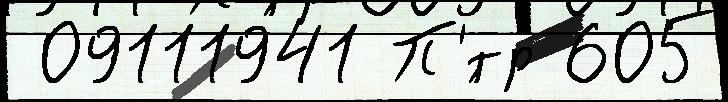
 09111941 П'́тр 605